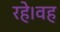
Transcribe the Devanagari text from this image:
रहे।वह